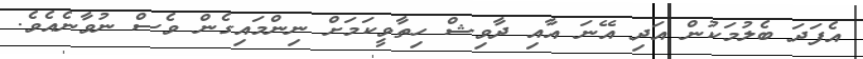
އެފަދަ ބެލުމަކުން އަދި އޭނަ އާއި ދާވިޝް ހިތާވީކަމަށް ނިންމައިގެން ވެސް ނުވާނެއެވެ.